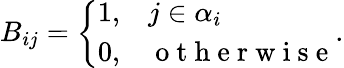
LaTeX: B_{ij}=\left\{ \begin{array}{cl}{1,}&{j\in{\alpha_{i}}}\\ {0,}&{\mathrm{~o~t~h~e~r~w~i~s~e~}}\end{array}\right..